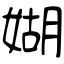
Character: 媩